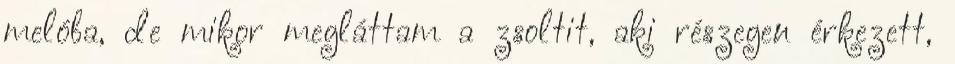
melóba, de mikor megláttam a zsoltit, aki részegen érkezett,